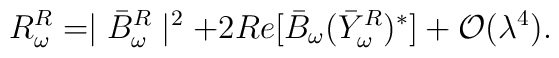
R^R_\omega=\mid\bar{B}^R_\omega\mid^2+2Re[\bar{B}_\omega(\bar{Y}^R_\omega)^\ast]+{\cal O}(\lambda^4).